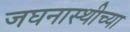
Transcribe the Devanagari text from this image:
जघनास्थीच्या